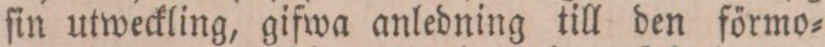
ſin utweckling, gifwa anledning till den förmo=